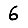
Digit: 6